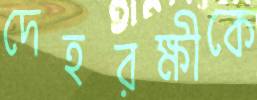
দেহরক্ষীকে